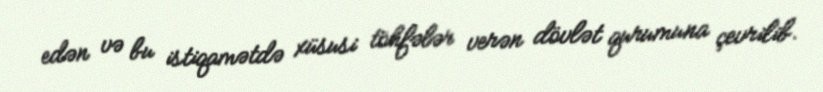
edən və bu istiqamətdə xüsusi töhfələr verən dövlət qurumuna çevrilib.